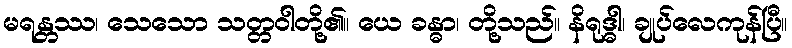
မရန္တဿ၊ သေသော သတ္တဝါတို့၏။ ယေ ခန္ဓာ၊ တို့သည်။ နိရုဒ္ဓါ၊ ချုပ်လေကုန်ပြီ။